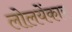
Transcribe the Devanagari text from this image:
लोलयेंकार